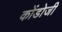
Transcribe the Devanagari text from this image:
कोंडोजी